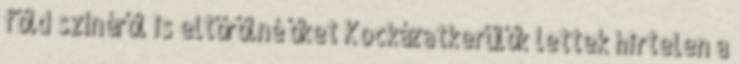
föld színéről is eltörölné őket Kockázatkerülők lettek hirtelen a